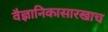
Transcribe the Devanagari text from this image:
वैज्ञानिकासारखाच